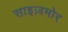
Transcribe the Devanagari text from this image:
साइज़मोर